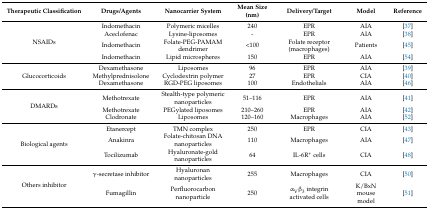
<table><thead><tr><td><b>Therapeutic Classification</b></td><td><b>Drugs/Agents</b></td><td><b>Nanocarrier System</b></td><td><b>Mean Size (nm)</b></td><td><b>Delivery/Target</b></td><td><b>Model</b></td><td><b>Reference</b></td></tr></thead><tbody><tr><td rowspan="4">NSAIDs</td><td>Indomethacin</td><td>Polymeric micelles</td><td>240</td><td>EPR</td><td>AIA</td><td>[37]</td></tr><tr><td>Aceclofenac</td><td>Lysine-liposomes</td><td>-</td><td>EPR</td><td>AIA</td><td>[38]</td></tr><tr><td>Indomethacin</td><td>Folate-PEG-PAMAM dendrimer</td><td>&lt;100</td><td>Folate receptor (macrophages)</td><td>Patients</td><td>[45]</td></tr><tr><td>Indomethacin</td><td>Lipid microspheres</td><td>150</td><td>EPR</td><td>AIA</td><td>[54]</td></tr><tr><td rowspan="3">Glucocorticoids</td><td>Dexamethasone</td><td>Liposomes</td><td>96</td><td>EPR</td><td>AIA</td><td>[39]</td></tr><tr><td>Methylprednisolone</td><td>Cyclodextrin polymer </td><td>27</td><td>EPR</td><td>CIA</td><td>[40]</td></tr><tr><td>Dexamethasone</td><td>RGD-PEG liposomes</td><td>100</td><td>Endothelials</td><td>AIA</td><td>[46]</td></tr><tr><td rowspan="3">DMARDs</td><td>Methotrexate </td><td>Stealth-type polymeric nanoparticles </td><td>51–116</td><td>EPR</td><td>AIA</td><td>[41]</td></tr><tr><td>Methotrexate </td><td>PEGylated liposomes</td><td>210–260</td><td>EPR</td><td>AIA</td><td>[42]</td></tr><tr><td>Clodronate </td><td>Liposomes </td><td>120–160</td><td>Macrophages</td><td>AIA</td><td>[52]</td></tr><tr><td rowspan="3">Biological agents</td><td>Etanercept</td><td>TMN complex</td><td>250</td><td>EPR</td><td>CIA</td><td>[43]</td></tr><tr><td>Anakinra</td><td>Folate-chitosan DNA nanoparticles</td><td>110</td><td>Macrophages</td><td>AIA</td><td>[47]</td></tr><tr><td>Tocilizumab</td><td>Hyaluronate-gold nanoparticles</td><td>64</td><td>IL-6R<sup>+</sup> cells</td><td>CIA</td><td>[48]</td></tr><tr><td rowspan="2">Others inhibitor</td><td>γ-secretase inhibitor</td><td>Hyaluronan nanoparticles</td><td>255</td><td>Macrophages</td><td>CIA</td><td>[50]</td></tr><tr><td>Fumagillin</td><td>Perfluorocarbon nanoparticle</td><td>250</td><td>α<sub>V</sub>β<sub>3</sub> integrin activated cells</td><td>K/BxN mouse model</td><td>[51]</td></tr></tbody></table>